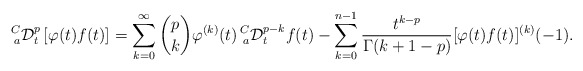
\begin{align*}\prescript{C}{a}{\mathcal{D}}_{t}^{p}\left[\varphi(t) f(t)\right]=\sum_{k=0}^{\infty}{p \choose k}\varphi^{(k)}(t) \prescript{C}{a}{\mathcal{D}}_{t}^{p-k}f(t)-\sum_{k=0}^{n-1}\frac{t^{k-p}}{\Gamma(k+1-p)}[\varphi(t) f(t)]^{(k)}(-1).\end{align*}